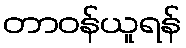
တာဝန်ယူရန်